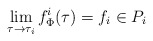
\begin{align*}\lim_{\tau\to \tau_{i}} f^{i}_{\Phi}(\tau) = f_{i}\in P_{i}\end{align*}